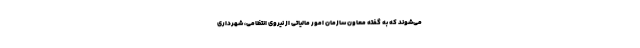
می‌شوند که به گفته معاون سازمان امور مالیاتی از نیروی انتظامی، شهرداری